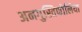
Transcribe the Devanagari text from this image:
अनगुस्तिफोलिया